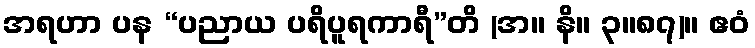
အရဟာ ပန “ပညာယ ပရိပူရကာရီ”တိ (အ။ နိ။ ၃။၈၇)။ ဧဝံ